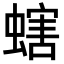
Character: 螛